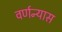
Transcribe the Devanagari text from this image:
वर्णन्यास